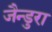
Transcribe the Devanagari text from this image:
जैन्डुरा